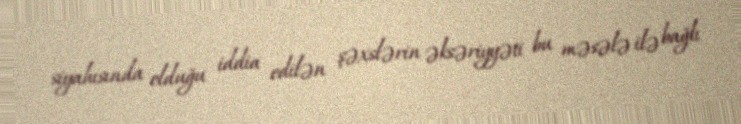
siyahısında olduğu iddia edilən şəxslərin əksəriyyəti bu məsələ ilə bağlı